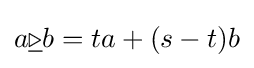
a{\underline {\triangleright }}b=ta+(s-t)b